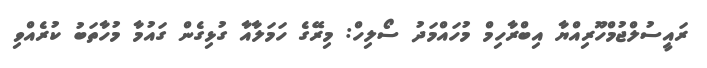
ރައީސުލްޖުމްހޫރިއްޔާ އިބްރާހިމް މުހައްމަދު ސޯލިހް: މިރޭގެ ހަމަލާއާ ގުޅިގެން ގައުމާ މުހާތަބު ކުރެއްވި